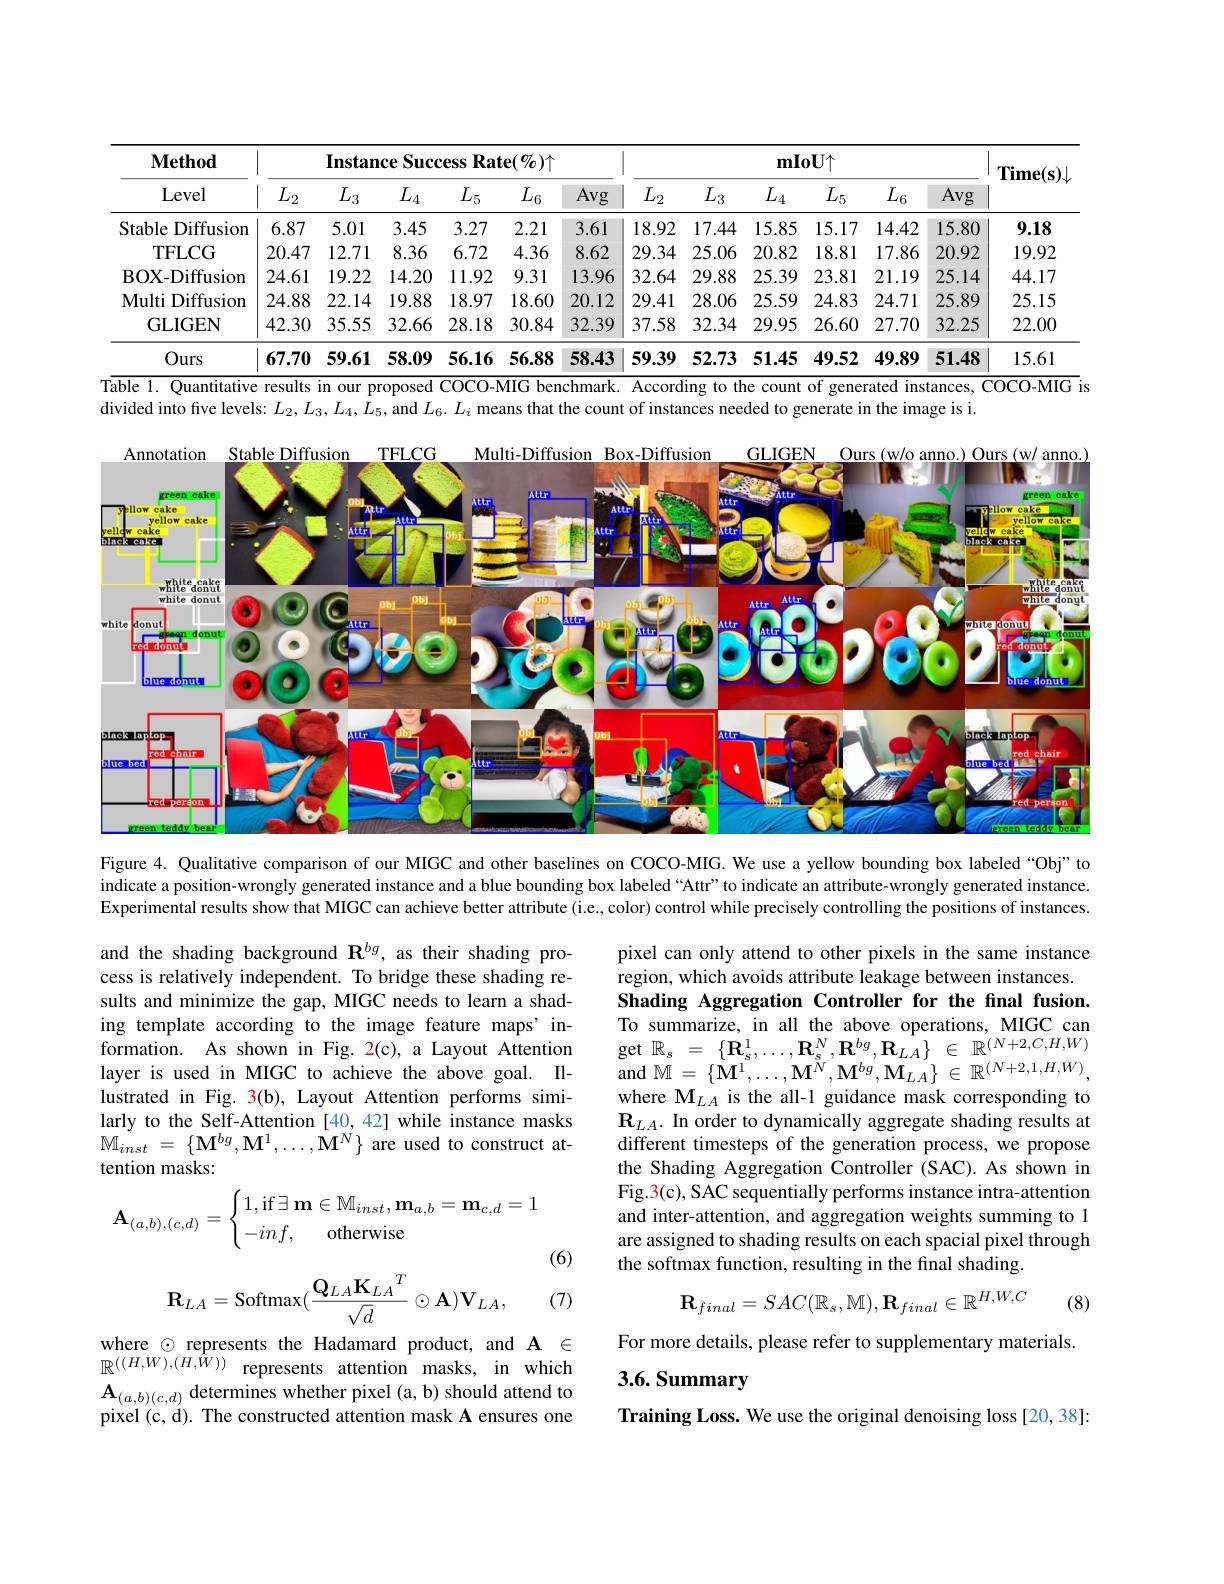
<table>
	<tbody>
		<tr>
			<th rowspan="2">$\mathbf{Method}$ Level</th>
			<th colspan="6">Instance Success Rate(%)个</th>
			<th colspan="5">$mIoU\uparrow$</th>
			<th rowspan="2">$\mathbf{Time(s)}\downarrow$</th>
		</tr>
		<tr>
			<th>$L_2$</th>
			<th>$L_3$</th>
			<th>$L_4$</th>
			<th>$L_{5}$ -</th>
			<th>$L_{6}$</th>
			<th>Avg</th>
			<th>$L_3$</th>
			<th>$L_4$</th>
			<th>$L_{5}$</th>
			<th>$L_{6}$</th>
			<th>Avg</th>
		</tr>
		<tr>
			<td>Stable Diffusion 11</td>
			<td>6.87</td>
			<td>5.01</td>
			<td>3.45</td>
			<td>3.27</td>
			<td>2.21</td>
			<td>3.61</td>
			<td>17.44</td>
			<td>15.85</td>
			<td>15.17</td>
			<td>14.42</td>
			<td>15.80</td>
			<td>9.18</td>
		</tr>
		<tr>
			<td>TFLCG</td>
			<td>20.47</td>
			<td>12.71</td>
			<td>8.36</td>
			<td>6.72</td>
			<td>4.36</td>
			<td>8.62</td>
			<td>25.06</td>
			<td>20.82</td>
			<td>18.81</td>
			<td>17.86</td>
			<td>20.92</td>
			<td>19.92</td>
		</tr>
		<tr>
			<td>BOX- Diffusion</td>
			<td>24.61</td>
			<td>19.22</td>
			<td>14.20</td>
			<td>11.92</td>
			<td>9.31</td>
			<td>13.96</td>
			<td>29.88</td>
			<td>25.39</td>
			<td>23.81</td>
			<td>21.19</td>
			<td>25.14</td>
			<td>44.17</td>
		</tr>
		<tr>
			<td>Diffusion Multi I</td>
			<td>24.88</td>
			<td>22.14</td>
			<td>19.88</td>
			<td>18.97</td>
			<td>18.60</td>
			<td>20.12</td>
			<td>28.06</td>
			<td>25.59</td>
			<td>24.83</td>
			<td>24.71</td>
			<td>25.89</td>
			<td>25.15</td>
		</tr>
		<tr>
			<td>GLIGEN</td>
			<td>42.30</td>
			<td>35.55</td>
			<td>32.66</td>
			<td>28.18</td>
			<td>30.84</td>
			<td>32.39</td>
			<td>32.34</td>
			<td>29.95</td>
			<td>26.60</td>
			<td>27.70</td>
			<td>32.25</td>
			<td>22.00</td>
		</tr>
		<tr>
			<td>Ours</td>
			<td>67.70</td>
			<td>59.61</td>
			<td>58.09</td>
			<td>56.16</td>
			<td>56.88</td>
			<td>58.43</td>
			<td>52.73</td>
			<td>51.45</td>
			<td>49.52</td>
			<td>49.89</td>
			<td>51.48</td>
			<td>15.61</td>
		</tr>
	</tbody>
</table>
Table 1. Quantitative results in our proposed COCO-MIG benchmark. According to the count of generated instances, COCO-MIG is

divided into five levels: $L_2,L_3,L_4,L_5$, and $L_6.L_i$ means that the count of instances needed to generate in the image is i.

<FigureHere>

Figure 4. Qualitative comparison of our MIGC and other baselines on COCO-MIG. We use a yellow bounding box labeled “Obj” to indicate a position-wrongly generated instance and a blue bounding box labeled “Attr”to indicate an attribute-wrongly generated instance. Experimental results show that MIGC can achieve better attribute (i.e., color) control while precisely controlling the positions of instances.

and the shading background $\mathbf{R}^{bg}$, as their shading process is relatively independent. To bridge these shading results and minimize the gap, MIGC needs to learn a shading template according to the image feature maps' information. As shown in Fig. 2(c), a Layout Attention layer is used in MIGC to achieve the above goal. Illustrated in Fig. 3(b), Layout Attention performs similarly to the Self-Attention [40,42] while instance masks $\mathbb{M} _{inst}$ = $\{ \mathbf{M} ^{bg}, \mathbf{M} ^{1}, \ldots , \mathbf{M} ^{N}\}$ are used to construct attention masks:
$$\mathbf A_{(a,b),(c,d)}=\begin{cases}1,\text{if}\exists\:\mathbf m\in\mathbb M_{inst},\mathbf m_{a,b}=\mathbf m_{c,d}=1\\-inf,\quad\text{otherwise}\end{cases}$$
pixel can only attend to other pixels in the same instance region, which avoids attribute leakage between instances Shading Aggregation Controller for the fnal fusion. To summarize, in all the above operations, MIGC can $\begin{array}{rcl}{\mathrm{get~}\mathbb{R}_{s}}&{=}&{\{\mathbf{R}_{s}^{1},\ldots,\mathbf{R}_{s}^{N},\mathbf{R}^{bg},\mathbf{R}_{LA}\}}&{\in}&{\mathbb{R}^{(N+2,C,H,W)}}\\{\mathrm{get~}\mathbb{R}_{s}}&{=}&{\{\mathbf{R}_{s}^{1},\ldots,\mathbf{R}_{s}^{N},\mathbf{R}^{bg},\mathbf{R}_{LA}\}}&{\in}&{\mathbb{R}^{(N+2,C,H,W)}}\end{array}$ and M $= \{ \mathbf{M} ^{1}, \ldots , \mathbf{M} ^{\dot{N} }, \mathbf{M} ^{bg}, \mathbf{M} _{LA}\}$ $\in$ $\mathbb{R} ^{( N+ 2, 1, H, W) }$, where $\mathbf{M}_{LA}$ is the all-1 guidance mask corresponding to $\mathbf{R}_{LA}.$ In order to dynamically aggregate shading results at different timesteps of the generation process, we propose the Shading Aggregation Controller (SAC). As shown in Fig.3(c), SAC sequentially performs instance intra-attention and inter-attention, and aggregation weights summing to 1 are assigned to shading results on each spacial pixel through the softmax function, resulting in the final shading.

(6)
$$\mathbf{R}_{LA}=\mathrm{Softmax}(\frac{\mathbf{Q}_{LA}\mathbf{K}_{LA}{}^{T}}{\sqrt{d}}\odot\mathbf{A})\mathbf{V}_{LA},$$
(7)

(8)
$$\mathbf{R}_{final}=SAC(\mathbb{R}_{s},\mathbb{M}),\mathbf{R}_{final}\in\mathbb{R}^{H,W,C}$$
For more details, please refer to supplementary materials

3.6. Summary

where $\odot$ represents the Hadamard product, and $\mathbf{A}\in$ $\mathbb{R}^{((H,W),(H,\tilde{W}))}$ represents attention masks, in which $\mathbf{A}_{(a,b)(c,d)}$ determines whether pixel (a, b) should attend to pixel (c, d). The constructed attention mask A ensures one

Training Loss. We use the original denoising loss [20,38]: